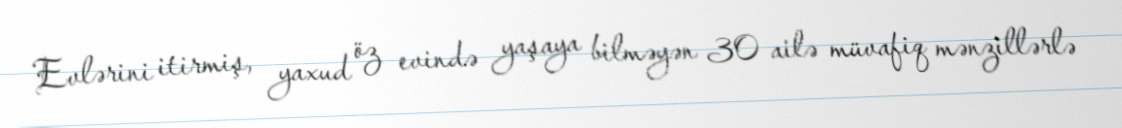
Evlərini itirmiş, yaxud öz evində yaşaya bilməyən 30 ailə müvafiq mənzillərlə